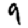
Digit: 9